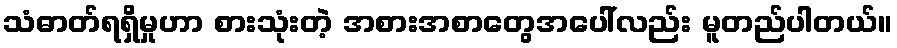
သံဓာတ်ရရှိမှုဟာ စားသုံးတဲ့ အစားအစာတွေအပေါ်လည်း မူတည်ပါတယ်။